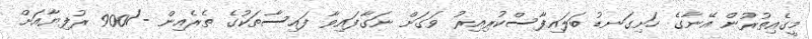
މީގެއިތުރުން އޭނާގެ ހަށިގަނޑު ބަލައިފާސްކުރިއިރު ވަގަށް ނަގާފައިވާ ފައިސާތަކުގެ ތެރެއިން -/900 ރުފިޔާއަށް